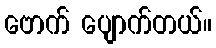
ဗောက် ပျောက်တယ်။